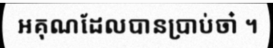
អគុណដែលបានប្រាប់ចា៎ ។